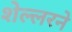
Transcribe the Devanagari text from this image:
शेल्लरने